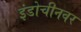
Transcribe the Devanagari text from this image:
इंडोचीनवर